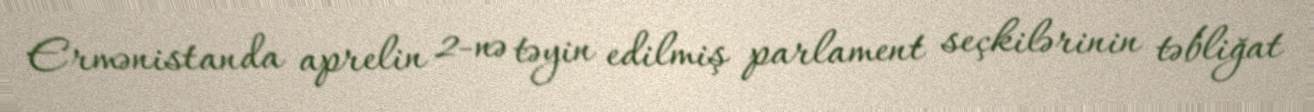
Ermənistanda aprelin 2-nə təyin edilmiş parlament seçkilərinin təbliğat